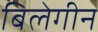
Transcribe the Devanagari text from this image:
बिलेगीन